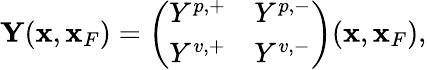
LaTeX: \begin{array}{r}{{\mathbf Y}({\mathbf x},{\mathbf x}_{F})=\left(\begin{array}{ll}{Y^{p,+}}&{Y^{p,-}}\\ {Y^{v,+}}&{Y^{v,-}}\end{array}\right)({\mathbf x},{\mathbf x}_{F}),}\end{array}